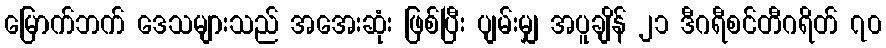
မြောက်ဘက် ဒေသများသည် အအေးဆုံး ဖြစ်ပြီး ပျမ်းမျှ အပူချိန် ၂၁ ဒီဂရီစင်တီဂရိတ် ၇၀